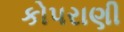
કોપરાણી